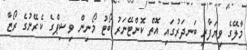
މާލޭގެ ވިޔަފާރި ބަނދަރުގައި އޮތް ކޮންޓޭނަރު ބޯޓު މޯނިން ވިޝިޕްގެ ކެރޭނުގެ ރޯޒާ